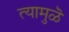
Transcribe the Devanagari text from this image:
त्यामुळॆ